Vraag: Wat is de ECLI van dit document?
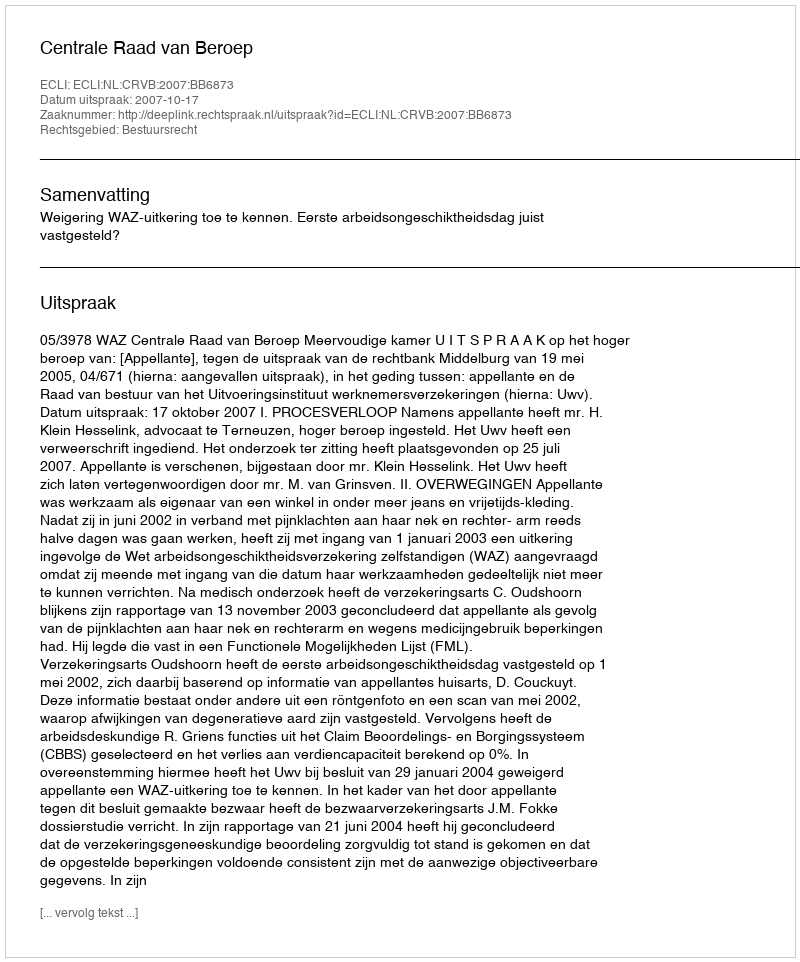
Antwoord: ECLI:NL:CRVB:2007:BB6873